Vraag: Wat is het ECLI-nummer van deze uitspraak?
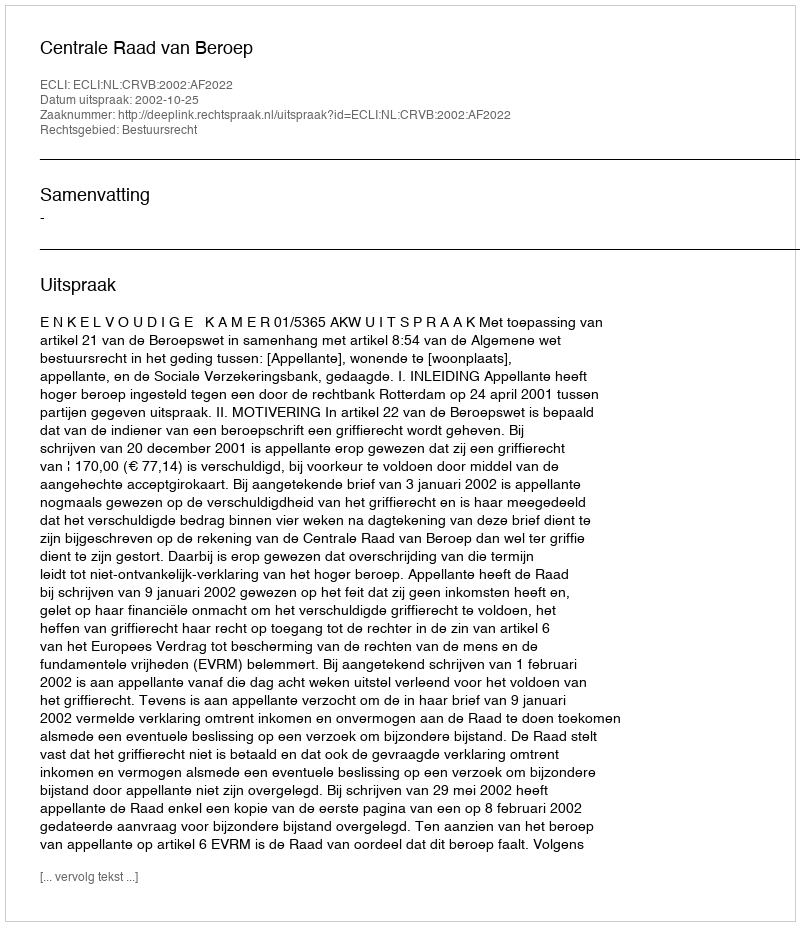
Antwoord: ECLI:NL:CRVB:2002:AF2022